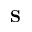
\mathbf { S }